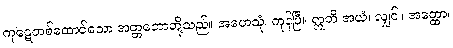
ကုဋေတစ်ထောင်သော အတ္တဘောတို့သည်။ အဟေသုံ၊ ကုန်ပြီ။ ဣတိ အယံ၊ လျှင်။ အတ္ထော၊